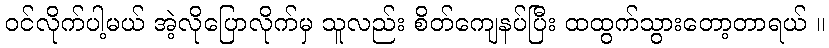
ဝင်လိုက်ပါ့မယ် အဲ့လိုပြောလိုက်မှ သူလည်း စိတ်ကျေနပ်ပြီး ထထွက်သွားတော့တာရယ် ။